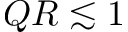
Q R \lesssim 1